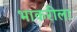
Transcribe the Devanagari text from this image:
भाकरीला